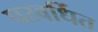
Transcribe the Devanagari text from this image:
परवर्धित